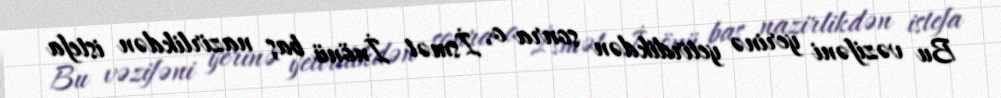
Bu vəzifəni yerinə yetirdikdən sonra o, İsmət İnönü baş nazirlikdən istefa